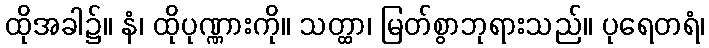
ထိုအခါ၌။ နံ၊ ထိုပုဏ္ဏားကို။ သတ္ထာ၊ မြတ်စွာဘုရားသည်။ ပုရေတရံ၊